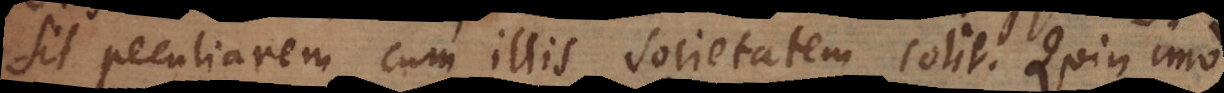
sit peculiarem cum illis societatem colit. Quin imo